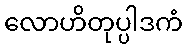
လောဟိတုပ္ပါဒကံ